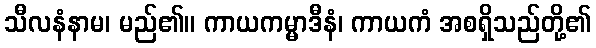
သီလနံနာမ၊ မည်၏။ ကာယကမ္မာဒီနံ၊ ကာယကံ အစရှိသည်တို့၏